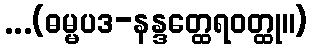
...(ဓမ္မပဒ-နန္ဒတ္ထေရဝတ္ထု။)